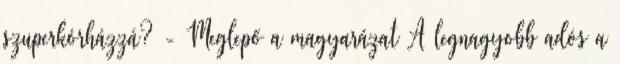
szuperkórházzá? - Meglepő a magyarázat A legnagyobb adós a